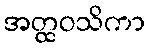
အတ္ထဝသိကာ